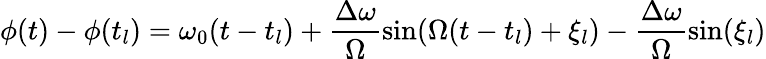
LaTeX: \phi(t)-\phi(t_{l})=\omega_{0}(t-t_{l})+\frac{\Delta\omega}{\Omega}\sin(\Omega(t-t_{l})+\xi_{l})-\frac{\Delta\omega}{\Omega}\sin(\xi_{l})